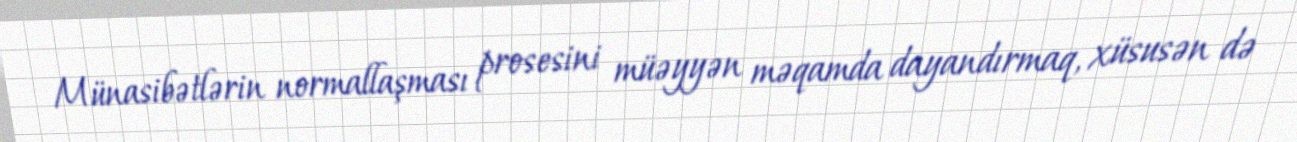
Münasibətlərin normallaşması prosesini müəyyən məqamda dayandırmaq, xüsusən də